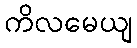
ကိလမေယျ